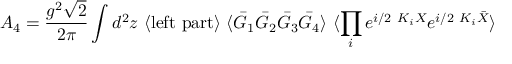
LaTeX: A _ { 4 } = \frac { g ^ { 2 } \sqrt { 2 } } { 2 \pi } \int d ^ { 2 } z \ \langle \mathrm { l e f t ~ p a r t } \rangle \ \langle \bar { G } _ { 1 } \bar { G } _ { 2 } \bar { G } _ { 3 } \bar { G } _ { 4 } \rangle \ \langle \prod _ { i } e ^ { i / 2 \ K _ { i } X } e ^ { i / 2 \ K _ { i } \bar { X } } \rangle